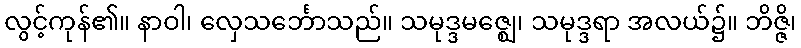
လွင့်ကုန်၏။ နာဝါ၊ လှေသင်္ဘောသည်။ သမုဒ္ဒမဇ္ဈေ၊ သမုဒ္ဒရာ အလယ်၌။ ဘိဇ္ဇိ၊